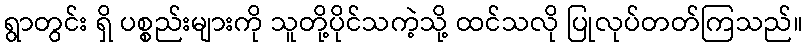
ရွာတွင်း ရှိ ပစ္စည်းများကို သူတို့ပိုင်သကဲ့သို့ ထင်သလို ပြုလုပ်တတ်ကြသည်။